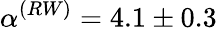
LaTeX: \alpha^{(RW)}=4.1\pm 0.3